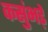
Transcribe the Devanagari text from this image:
कसुंभड़े